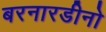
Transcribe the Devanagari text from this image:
बरनारडीनो